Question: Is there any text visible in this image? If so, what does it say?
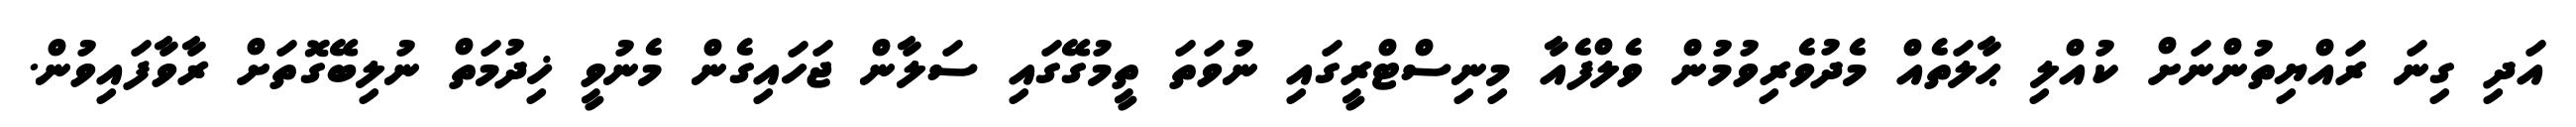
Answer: އަދި ގިނަ ރައްޔިތުންނަށް ކުއްލި ޙާލަތެއް މެދުވެރިވުމުން ވެލްފެއާ މިނިސްޓްރީގައި ނުވަތަ ތީމުގޭގައި ސަލާން ޖަހައިގެން މެނުވީ ޚިދުމަތް ނުލިބޭގޮތަށް ރާވާފައިވުން.